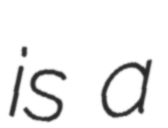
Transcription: is a